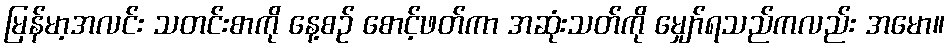
မြန်မာ့အလင်း သတင်းစာကို နေ့စဉ် စောင့်ဖတ်ကာ အဆုံးသတ်ကို မျှော်ရသည်ကလည်း အမော။